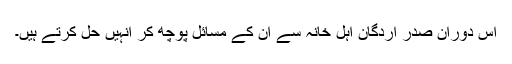
اس دوران صدر اردگان اہل خانہ سے ان کے مسائل پوچھ کر انہیں حل کرتے ہیں۔